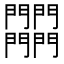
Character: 𨷾